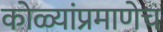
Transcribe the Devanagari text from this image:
कोळ्यांप्रमाणेच